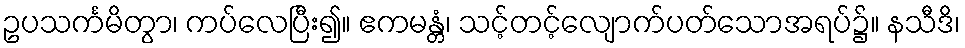
ဥပသင်္ကမိတွာ၊ ကပ်လေပြီး၍။ ဧကမန္တံ၊ သင့်တင့်လျောက်ပတ်သောအရပ်၌။ နသီဒိ၊